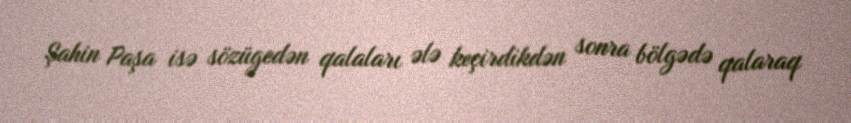
Şahin Paşa isə sözügedən qalaları ələ keçirdikdən sonra bölgədə qalaraq